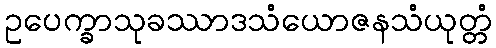
ဥပေက္ခာသုခဿာဒသံယောဇနသံယုတ္တံ